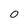
Character: 0